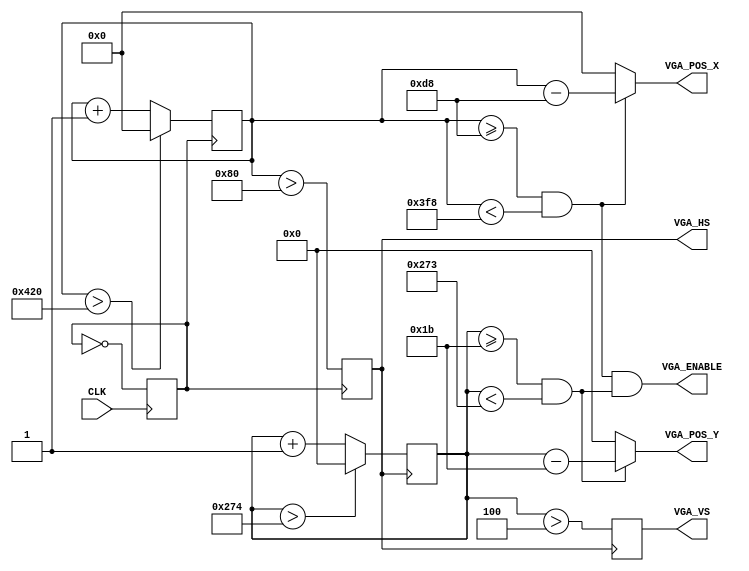
module VgaSyncGenerator
(
    input              CLK       ,
    output reg         VGA_HS    ,
    output reg         VGA_VS    ,
    output wire [10:0] VGA_POS_X ,
    output wire [9 :0] VGA_POS_Y ,
    output wire        VGA_ENABLE
);
parameter HORIZONTAL_RESOLUTION  = 10'd800;
parameter HORIZONTAL_FRONT_PORCH = 8'd40;
parameter HORIZONTAL_SYNC_PULSE  = 8'd128;
parameter HORIZONTAL_BACK_PORCH  = 8'd88;
parameter VERTICAL_RESOLUTION    = 10'd600;
parameter VERTICAL_FRONT_PORCH   = 1'd1;
parameter VERTICAL_SYNC_PULSE    = 3'd4;
parameter VERTICAL_BACK_PORCH    = 5'd23;
localparam SCREEN_LEFT_BORDER  = HORIZONTAL_SYNC_PULSE + HORIZONTAL_BACK_PORCH;
localparam SCREEN_RIGHT_BORDER = HORIZONTAL_SYNC_PULSE + HORIZONTAL_BACK_PORCH + HORIZONTAL_RESOLUTION;
localparam SCREEN_UP_BORDER    = VERTICAL_SYNC_PULSE   + VERTICAL_BACK_PORCH;
localparam SCREEN_DOWN_BORDER  = VERTICAL_SYNC_PULSE   + VERTICAL_BACK_PORCH   + VERTICAL_RESOLUTION;
reg [10:0]PosX = 0;
reg [9 :0]PosY = 0;
wire IsScreenX = ( PosX >= SCREEN_LEFT_BORDER ) && ( PosX < SCREEN_RIGHT_BORDER );
wire IsScreenY = ( PosY >= SCREEN_UP_BORDER   ) && ( PosY < SCREEN_DOWN_BORDER  );
assign VGA_POS_X  = IsScreenX ? ( PosX - SCREEN_LEFT_BORDER ) : 10'd0;
assign VGA_POS_Y  = IsScreenY ? ( PosY - SCREEN_UP_BORDER ) : 9'd0;
assign VGA_ENABLE = IsScreenX & IsScreenY;
reg Clk = 1'b0;
always @( posedge CLK )
begin
    Clk <= ~ Clk;
end
always @( posedge Clk )
begin
   VGA_HS <= (PosX > HORIZONTAL_SYNC_PULSE);
   if( PosX > ( HORIZONTAL_SYNC_PULSE + HORIZONTAL_BACK_PORCH + HORIZONTAL_RESOLUTION + HORIZONTAL_FRONT_PORCH ) )
      PosX <= 0;
   else
      PosX <= PosX + 1'b1;
end
always @( negedge VGA_HS )
begin
    VGA_VS <= ( PosY > VERTICAL_SYNC_PULSE );
    if( PosY > ( VERTICAL_SYNC_PULSE + VERTICAL_BACK_PORCH + VERTICAL_RESOLUTION + VERTICAL_FRONT_PORCH ) )
        PosY <= 0;
    else
        PosY <= PosY + 1'b1; 
end
endmodule